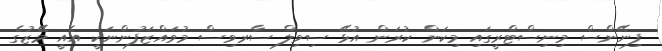
ފިނޭންސް މިނިސްޓްރީގައި މިކަން ކުރަން އުޅޭ ސިވިލް ސާރވިސް މުވައްޒަފުންނަކީ އެއީ މޭޒުގެ